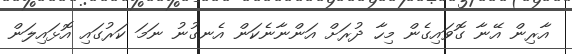
އާރިން އޭނާ ގޮވައިގެން މިހާ ދުރަށް އަންނާނެކަން އެނގުނު ނަމަ ކަރުގައި އޮޅައިލަން